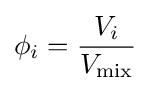
\phi _{i}={\frac {V_{i}}{V_{\rm {mix}}}}